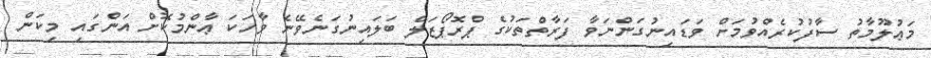
މަޢުލޫމާތު ސާފުކުރެއްވުމަށް ވަޑައިނުގަންނަވާ ފަރާތްތަކުގެ ޕްރޮޕޯޒަލް ބަލައިނުގަނެވޭނެ ވާހަކަ ޢާންމުކޮށް އަންގައި މިކަން